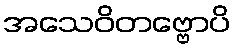
အသေဝိတဗ္ဗောပိ